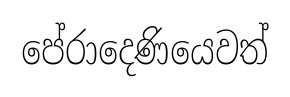
පේරාදෙණියෙවත්